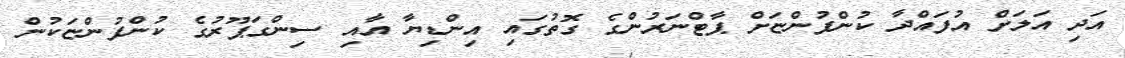
އަދި އަލަށް އުފައްދާ ކުންފުންޏަށް ޕާޓްނަރުންގެ ގޮތުގައި އިންޑިޔާ އާއި ސިންގަޕޫރުގެ ކުންފުންޏަކުން